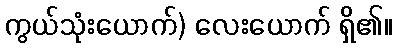
ကွယ်သုံးယောက်) လေးယောက် ရှိ၏။